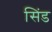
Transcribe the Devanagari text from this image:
सिंड